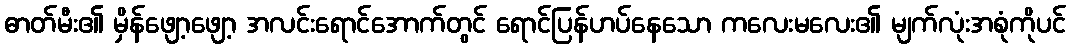
ဓာတ်မီး၏ မှိန်ဖျော့ဖျော့ အလင်းရောင်အောက်တွင် ရောင်ပြန်ဟပ်နေသော ကလေးမလေး၏ မျက်လုံးအစုံကိုပင်